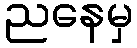
ညနေမှ